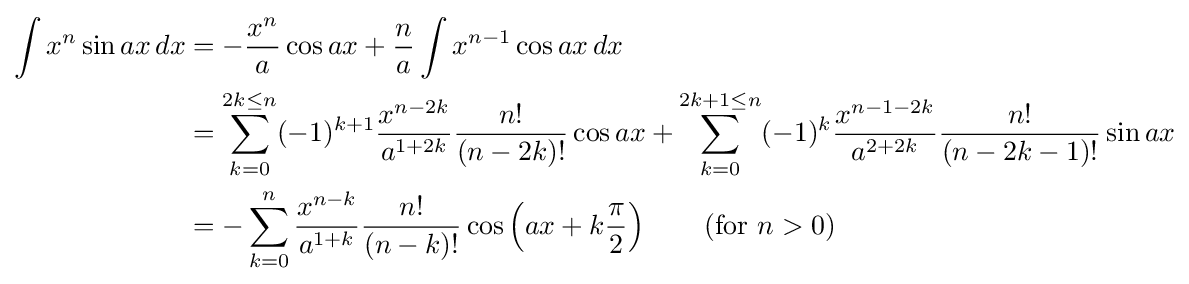
{\begin{aligned}\int x^{n}\sin ax\,dx&=-{\frac {x^{n}}{a}}\cos ax+{\frac {n}{a}}\int x^{n-1}\cos ax\,dx\\&=\sum _{k=0}^{2k\leq n}(-1)^{k+1}{\frac {x^{n-2k}}{a^{1+2k}}}{\frac {n!}{(n-2k)!}}\cos ax+\sum _{k=0}^{2k+1\leq n}(-1)^{k}{\frac {x^{n-1-2k}}{a^{2+2k}}}{\frac {n!}{(n-2k-1)!}}\sin ax\\&=-\sum _{k=0}^{n}{\frac {x^{n-k}}{a^{1+k}}}{\frac {n!}{(n-k)!}}\cos \left(ax+k{\frac {\pi }{2}}\right)\qquad {\mbox{(for }}n>0{\mbox{)}}\end{aligned}}